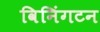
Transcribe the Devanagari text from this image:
विनिंगटन